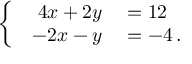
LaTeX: \left\{ \begin{array} { l l } { { \begin{array} { r l } { 4 x + 2 y } & { { } = 1 2 } \\ { - 2 x - y } & { { } = - 4 \, . } \end{array} } } \end{array} \right.